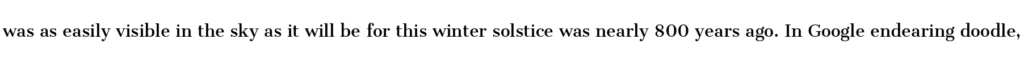
was as easily visible in the sky as it will be for this winter solstice was nearly 800 years ago. In Google endearing doodle,